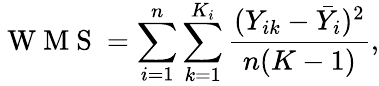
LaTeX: \mathrm{~W~M~S~}=\sum_{i=1}^{n}\sum_{k=1}^{K_{i}}\frac{(Y_{ik}-\bar{Y}_{i})^{2}}{n(K-1)},